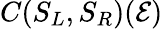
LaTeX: C(S_{L},S_{R})(\mathcal{E})